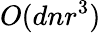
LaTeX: O(dnr^{3})